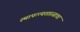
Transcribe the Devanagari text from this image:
स्थापत्त्यशास्त्राचा